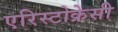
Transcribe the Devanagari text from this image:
एरिस्टोक्रेसी